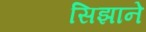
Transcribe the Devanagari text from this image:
सिझाने